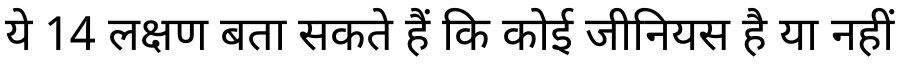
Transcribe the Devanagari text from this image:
ये 14 लक्षण बता सकते हैं कि कोई जीनियस है या नहीं